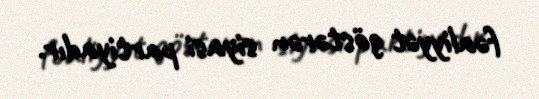
fəaliyyət göstərən siyasi partiyadır.